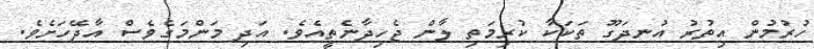
ހުރުމުން އިތުރު އުނދަގޫ ތަކަކާ ކުރިމަތި ލާން ޖެހިދާނެތީއެވެ. އަދި މަންމަގެވެސް އާދޭހަށެވެ.